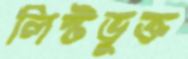
লিস্টভুক্ত